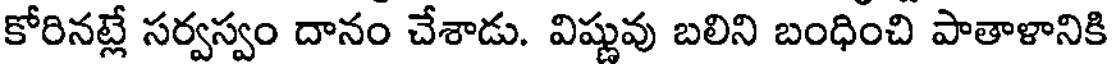
కోరినట్లే సర్వస్వం దానం చేశాడు. విష్ణువు బలిని బంధించి పాతాళానికి